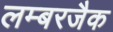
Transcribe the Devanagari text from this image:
लम्बरजैक